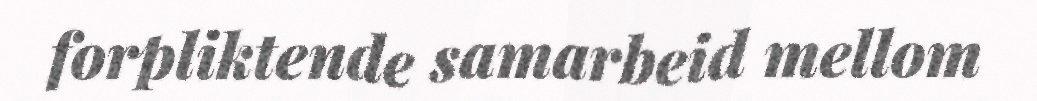
forpliktende samarbeid mellom